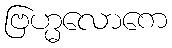
ဗြဟ္မလောကေ